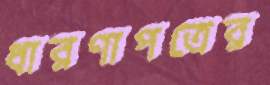
ধারণাপত্রের